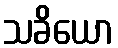
သခိယော